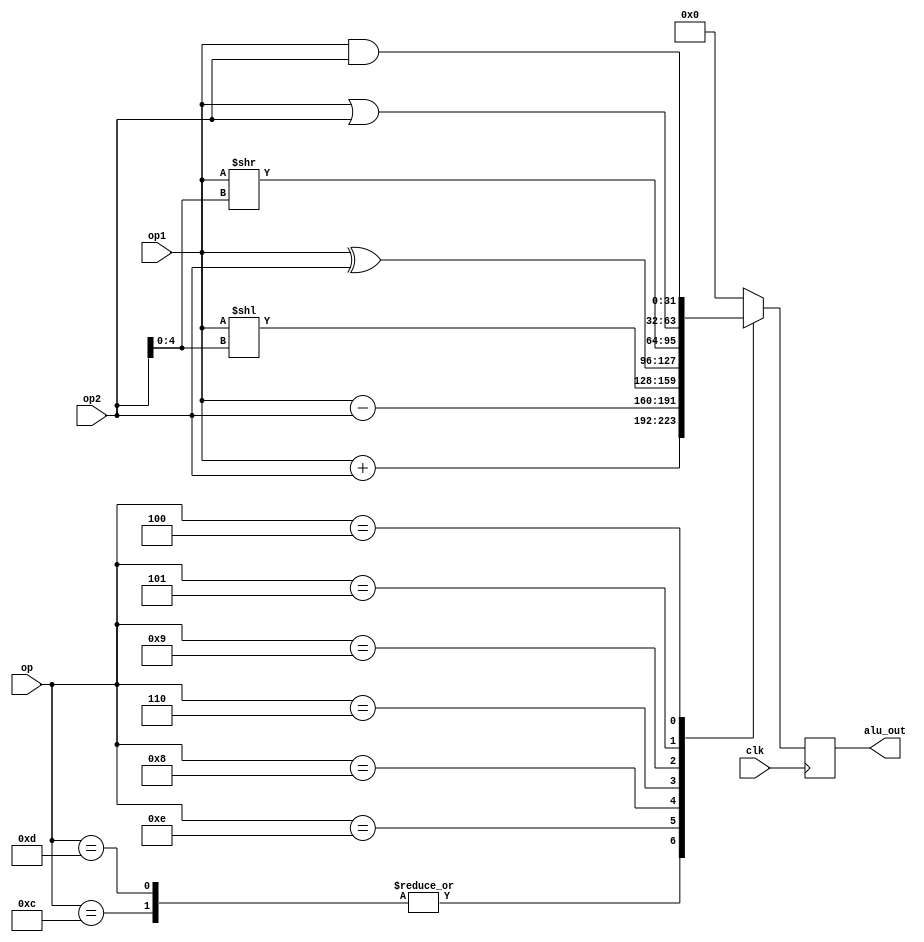
module alu (
           input wire clk,
           input wire [31:0] op1,
           input wire [31:0] op2,
           input wire [4:0] op,

           output reg [31:0] alu_out
       );

always @(posedge clk) begin
    case (op)
        5'b10000: alu_out <= 32'b0; 			// jal
        5'b10001: alu_out <= 32'b0; 		    // beq
        5'b10100: alu_out <= 32'b0; 			// lw
        5'b10101: alu_out <= 32'b0; 			// sw
        5'b01100: alu_out <= op1 +  op2;  		// addi
        5'b01101: alu_out <= op1 +  op2;  		// add
        5'b01110: alu_out <= op1 -  op2;  		// sub
        5'b01000: alu_out <= op1 << op2[4:0];	// sll
        5'b00110: alu_out <= op1 ^  op2; 		// xor
        5'b01001: alu_out <= op1 >> op2[4:0];  	// srl
        5'b00101: alu_out <= op1 |  op2;  		// or
        5'b00100: alu_out <= op1 &  op2;  		// and
        default:  alu_out <= 32'b0;
    endcase
end


endmodule